Indian journal of veterinary science and animal husbandry - Volume 4,
Year: 1934
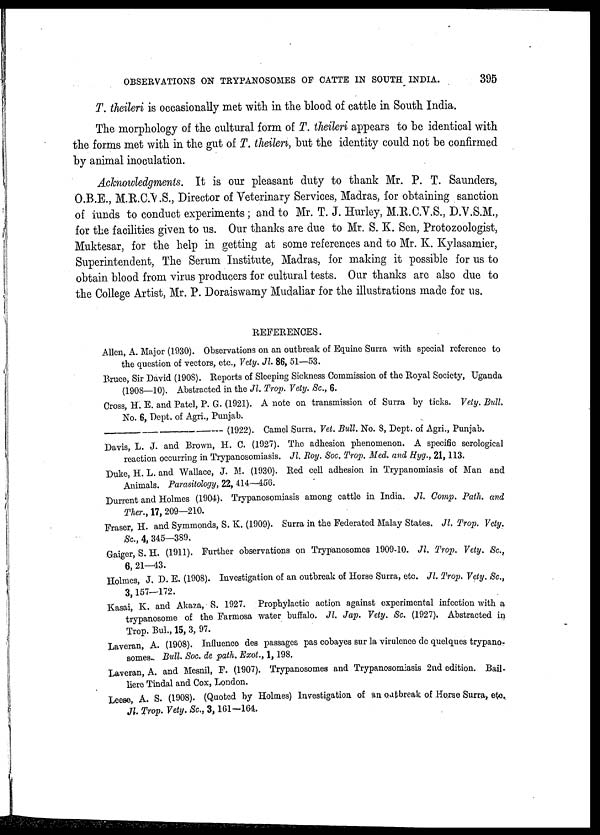
OBSERVATIONS ON TRYPANOSOMES OF CATTE IN SOUTH INDIA.
395
T. theileri is occasionally met with in the blood of cattle in South India.
The morphology of the cultural form of T. theileri appears to be identical with
the forms met with in the gut of T. theilri, but the identity could not be confirmed
by animal inoculation.
Acknowledgments. It is our pleasant duty to thank Mr. P. T. Saunders,
O.B.E., M.R.C.V.S., Director of Veterinary Services, Madras, for obtaining sanction
of funds to conduct experiments; and to Mr. T. J. Hurley, M.R.C.V.S., D.V.S.M.,
for the facilities given to us. Our thanks are due to Mr. S. K. Sen, Protozoologist,
Muktesar, for the help in getting at some references and to Mr. K. Kylasamier,
Superintendent, The Serum Institute, Madras, for making it possible for us to
obtain blood from virus producers for cultural tests. Our thanks are also due to
the College Artist, Mr. P. Doraiswamy Mudaliar for the illustrations made for us.
REFERENCES.
Allen, A. Major (1930). Observations on an outbreak of Equine Surra with special reference to
the question of vectors, etc., Vety. Jl. 86, 51—53.
Bruce, Sir David (1908). Reports of Sleeping Sickness Commission of the Royal Society, Uganda
(1908—10). Abstracted in the Jl. Trop. Vety. Sc, 6.
Cross, H.E. and Patel, P. G. (1921). A note on transmission of Surra by ticks. Vety. Bull.
No. 6, Dept. of Agri., Punjab.
(1922). Camel Surra. Vet. Bull. No. 8, Dept. of Agri., Punjab.
Davis L. J. and Brown, H. C (1927). The adhesion phenomenon. A specific serological
reaction occurring in Trypanosomiasis. Jl. Roy. Soc. Trop. Med. and Hyg., 21, 113.
Duke, H. L. and Wallace, J. M. (1930). Red cell adhesion in Trypanomiasis of Man and
Animals. Parasitology, 22, 414—456.
Durrent and Holmes (1904). Trypanosomiasis among cattle in India. Jl. Comp. Path. and
Ther., 17, 209—210.
Fraser, H. and Symmonds, S. K. (1909). Surra in the Federated Malay States. Jl. Trop. Vety.
Sc, 4, 345-389.
Gaiger, S. H. (1911). Further observations on Trypanosomes 1909-10. Jl. Trop. Vety. Sc,
6, 21—43.
Holmes, J. D. E. (1908). Investigation of an outbreak of Horse Surra, etc. Jl. Trop. Vety. Sc,
3, 157-172.
Kasai, K. and Akaza, S. 1927. Prophylactic action against experimental infection with a
trypanosome of the Farmosa water buffalo. Jl. Jap. Vety. Sc (1927). Abstracted in
Trop. Bul., 15, 3, 97.
Laveran, A. (1908). Influence des passages pas cobayes sur la virulence do quelques trypano-
somes. Bull. Soc. de path. Exot., 1,198.
Laveran, A. and Mesnil, F. (1907). Trypanosomes and Trypanosomiasis 2nd edition. Bail-
liere Tindal and Cox, London.
Leese A. S. (1908). (Quoted by Holmes) Investigation of an outbreak of Horse Surra, etc.
Jl. Trop. Vety. Sc., 3,161-164.